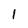
Character: 1